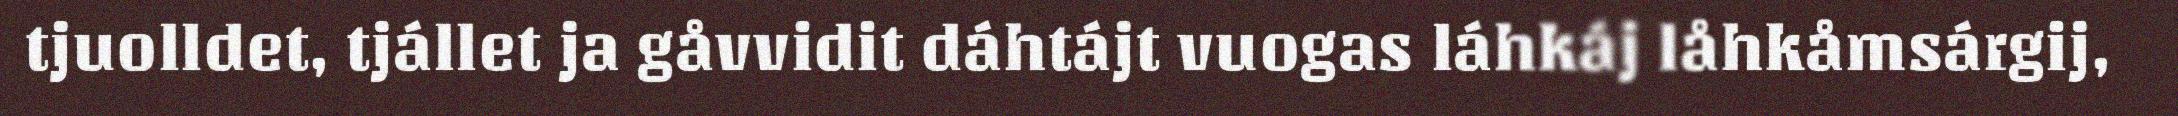
tjuolldet, tjállet ja gåvvidit dáhtájt vuogas láhkáj låhkåmsárgij,